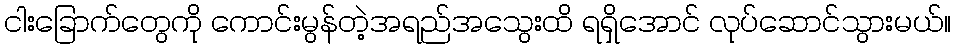
ငါးခြောက်တွေကို ကောင်းမွန်တဲ့အရည်အသွေးထိ ရရှိအောင် လုပ်ဆောင်သွားမယ်။